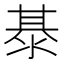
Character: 𭰭